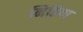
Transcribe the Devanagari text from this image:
नितिया